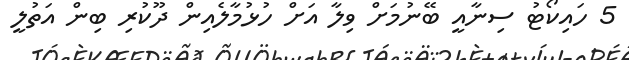
5 ހައިކޯޓު ސިނާއީ ބޭނުމަށް ވިލާ އަށް ހުޅުމާލެއިން ދޫކުރި ބިން އަތުލީ